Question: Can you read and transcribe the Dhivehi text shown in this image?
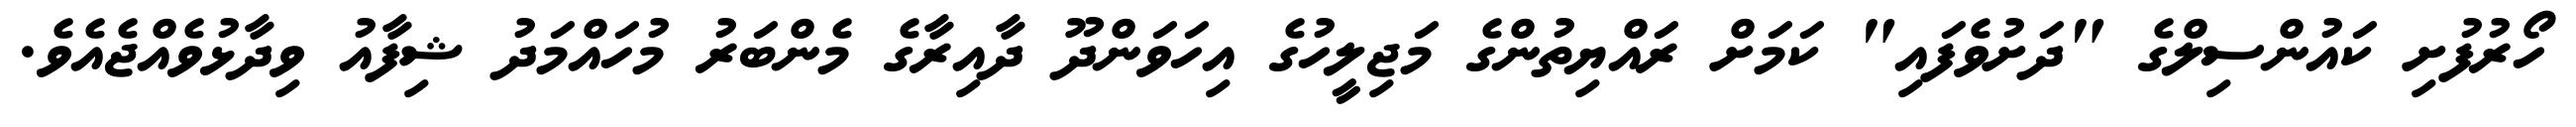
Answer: ހޯރުފުށި ކައުންސިލްގެ "ދަށުވެފައި" ކަމަށް ރައްޔިތުންގެ މަޖިލީހުގެ އިހަވަންދޫ ދާއިރާގެ މެންބަރު މުހައްމަދު ޝިފާއު ވިދާޅުވެއްޖެއެވެ.